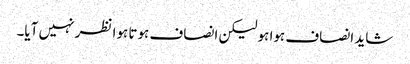
شاید انصاف ہوا ہو لیکن انصاف ہوتا ہوا نظر نہیں آیا۔